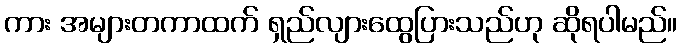
ကား အများတကာထက် ရှည်လျားထွေပြားသည်ဟု ဆိုရပါမည်။